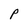
Character: P